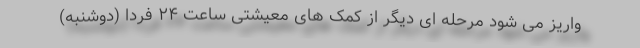
واریز می شود مرحله ای دیگر از کمک های معیشتی ساعت ۲۴ فردا (دوشنبه)